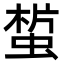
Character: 𧎀